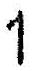
1